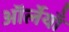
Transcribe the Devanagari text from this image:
ऑर्लेयाँ